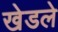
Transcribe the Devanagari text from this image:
खेडले